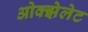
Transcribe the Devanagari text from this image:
ओक्झेलेट